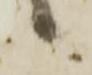
候